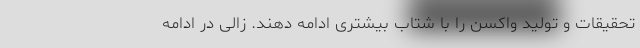
تحقیقات و تولید واکسن را با شتاب بیشتری ادامه دهند. زالی در ادامه